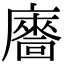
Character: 𢋢